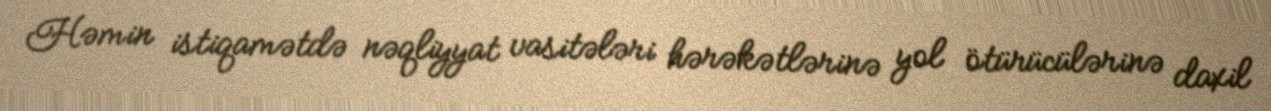
Həmin istiqamətdə nəqliyyat vasitələri hərəkətlərinə yol ötürücülərinə daxil